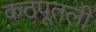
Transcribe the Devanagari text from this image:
कठपूतली